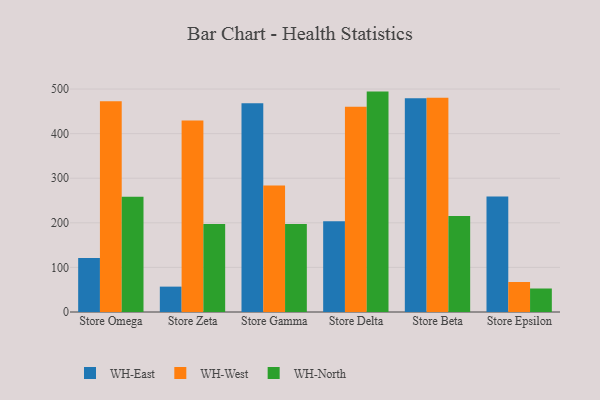
{"axis": {"x": "Store", "y": "Latency (ms)"}, "legend": ["WH-East", "WH-North", "WH-West"], "data": [{"x": "Store Omega", "y": 121.0, "type": "WH-East"}, {"x": "Store Omega", "y": 472.4, "type": "WH-West"}, {"x": "Store Omega", "y": 258.3, "type": "WH-North"}, {"x": "Store Zeta", "y": 56.9, "type": "WH-East"}, {"x": "Store Zeta", "y": 429.3, "type": "WH-West"}, {"x": "Store Zeta", "y": 197.1, "type": "WH-North"}, {"x": "Store Gamma", "y": 468.3, "type": "WH-East"}, {"x": "Store Gamma", "y": 283.8, "type": "WH-West"}, {"x": "Store Gamma", "y": 197.4, "type": "WH-North"}, {"x": "Store Delta", "y": 203.7, "type": "WH-East"}, {"x": "Store Delta", "y": 460.6, "type": "WH-West"}, {"x": "Store Delta", "y": 494.3, "type": "WH-North"}, {"x": "Store Beta", "y": 479.6, "type": "WH-East"}, {"x": "Store Beta", "y": 480.3, "type": "WH-West"}, {"x": "Store Beta", "y": 215.4, "type": "WH-North"}, {"x": "Store Epsilon", "y": 258.8, "type": "WH-East"}, {"x": "Store Epsilon", "y": 67.3, "type": "WH-West"}, {"x": "Store Epsilon", "y": 52.7, "type": "WH-North"}]}